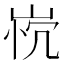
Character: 𰎤